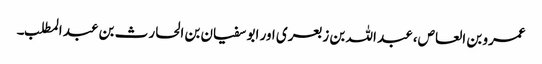
عمرو بن العاص، عبد اللہ بن زبعری اور ابو سفیان بن الحارث بن عبد المطلب۔